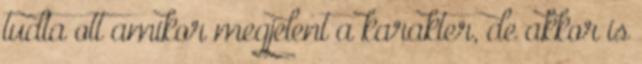
tudta ott amikor megjelent a karakter, de akkor is